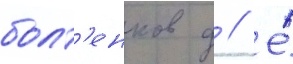
болт'енков д // Е́